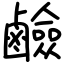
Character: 鹼